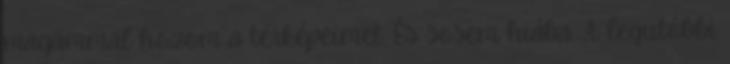
magammal hozom a térképeimet. És sosem hiába. A legutóbbi